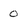
Character: 0